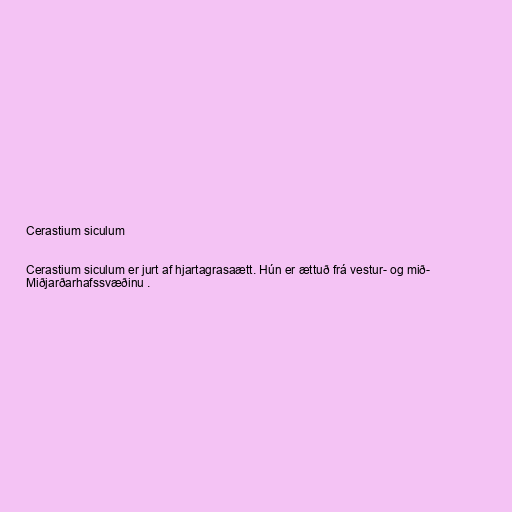
Cerastium siculum

Cerastium siculum er jurt af hjartagrasaætt. Hún er ættuð frá vestur- og mið-
Miðjarðarhafssvæðinu .